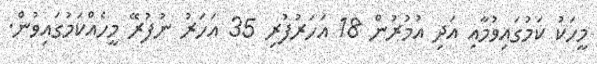
މީހަކު ކަމުގައިވުމާއި އަދި އުމުރުން 18 އަހަރުފުރި 35 އަހަރު ނުފުރޭ މީހެއްކަމުގައިވުން.